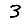
Digit: 3